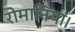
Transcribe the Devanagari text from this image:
रोमानिया।